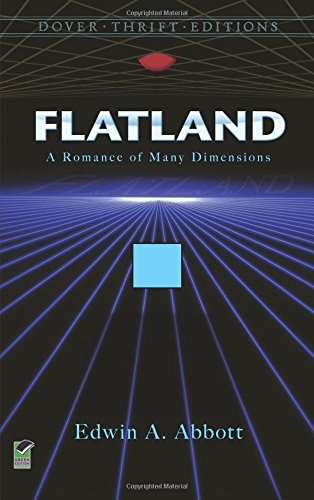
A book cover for Flatland: A Romance of Many Dimensions (Dover Thrift Editions); Edwin A. Abbott; Science & Math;